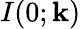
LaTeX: I(0;\mathbf{k})